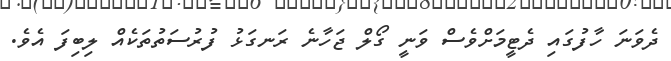
ދެވަނަ ހާފުގައި ދެޓީމަށްވެސް ވަނީ ގޯލް ޖަހާނެ ރަނގަޅު ފުރުސަތުތަކެއް ލިބިފަ އެވެ.